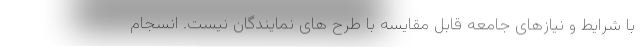
با شرایط و نیازهای جامعه قابل مقایسه با طرح های نمایندگان نیست. انسجام